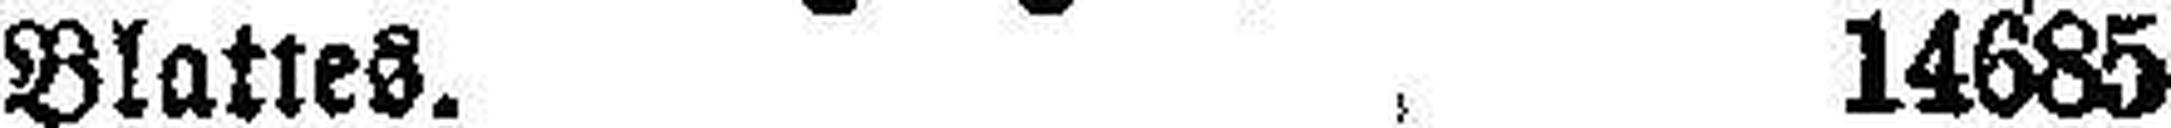
Blattes. 14685